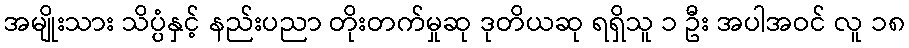
အမျိုးသား သိပ္ပံနှင့် နည်းပညာ တိုးတက်မှုဆု ဒုတိယဆု ရရှိသူ ၁ ဦး အပါအဝင် လူ ၁၈